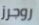
روجرز